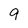
Character: 9